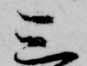
三